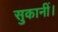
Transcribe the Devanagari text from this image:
सुकानीं।